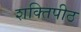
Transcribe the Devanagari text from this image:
शक्‍ितपीठ